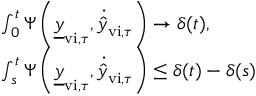
\begin{array} { r l } & { \int _ { 0 } ^ { t } \Psi \left( \underline { { y } } _ { \mathrm { v i } , \tau } , \dot { \hat { y } } _ { \mathrm { v i } , \tau } \right) \rightarrow \delta ( t ) , } \\ & { \int _ { s } ^ { t } \Psi \left( \underline { { y } } _ { \mathrm { v i } , \tau } , \dot { \hat { y } } _ { \mathrm { v i } , \tau } \right) \leq \delta ( t ) - \delta ( s ) } \end{array}